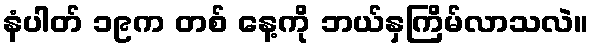
နံပါတ် ၁၉က တစ် နေ့ကို ဘယ်နှကြိမ်လာသလဲ။